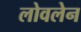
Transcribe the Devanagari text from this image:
लोवलेन